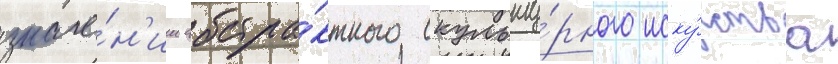
значе́н'ии абстра́ктного скульпту́рного иску́сства